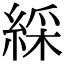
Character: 綵